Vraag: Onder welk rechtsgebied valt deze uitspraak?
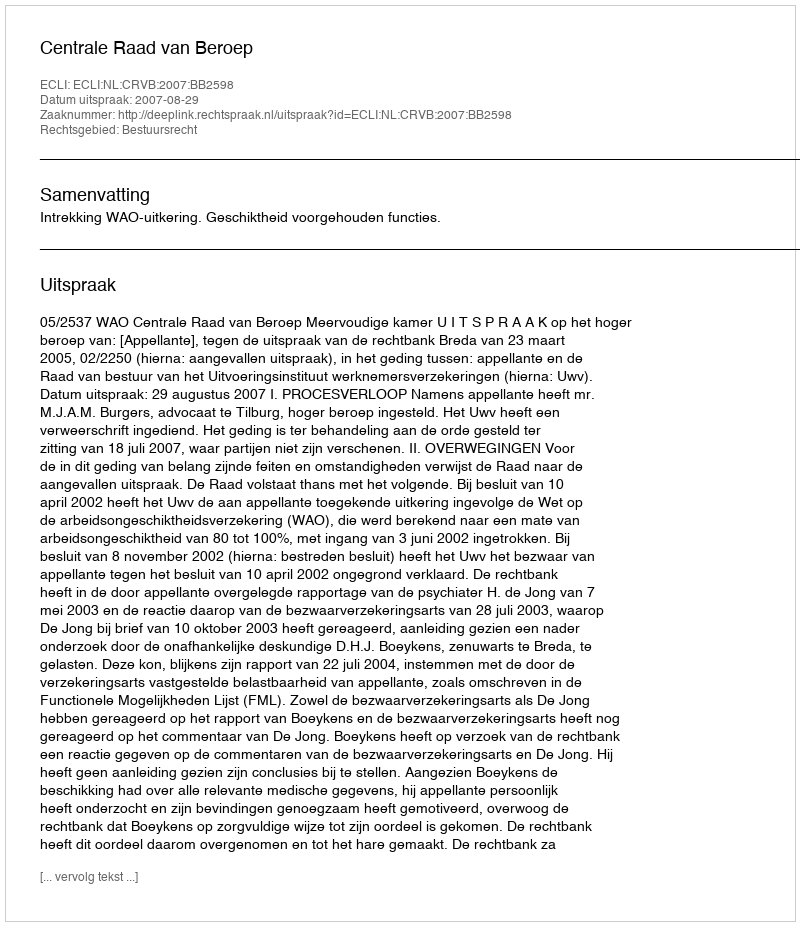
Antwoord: Bestuursrecht